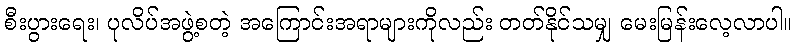
စီးပွားရေး၊ ပုလိပ်အဖွဲ့စတဲ့ အကြောင်းအရာများကိုလည်း တတ်နိုင်သမျှ မေးမြန်းလေ့လာပါ။